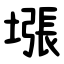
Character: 㙣